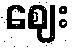
ဈေး